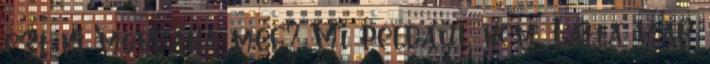
ezt ki mondaná meg? Mi például nem. Látta már